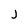
Character: j